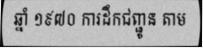
ឆ្នាំ ១៩៧០ ការដឹកជញ្ជូន តាម